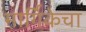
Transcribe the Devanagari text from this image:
मार्गिकेचा